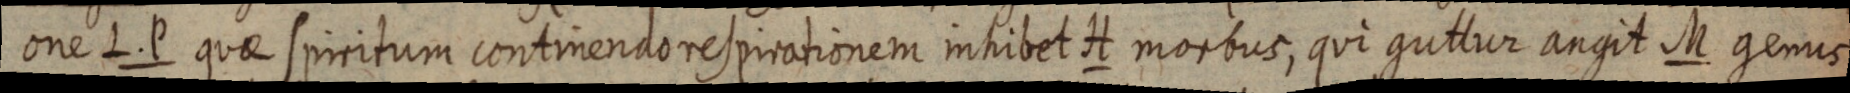
one L. P quae spiritum continendo respirationem inhibet H morbus, qui guttur angit M gemus